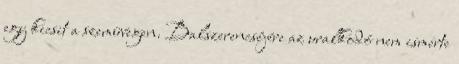
egy kicsit a szemüvegen. Balszerencséjére az uralkodó nem ismerte